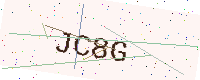
Text: JC8G